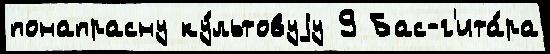
понапрасну ку́льтовуjу 9 Бас-г'ита́ра